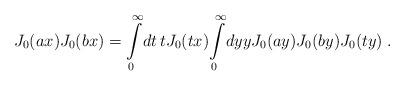
LaTeX: \begin{align*}J_0(ax) J_0(bx) = \int\limits_0^{\infty} \!dt \, t J_0(tx)\!\int\limits_0^{\infty} \!dy y J_0(ay) J_0(by) J_0(ty) \;.\end{align*}